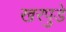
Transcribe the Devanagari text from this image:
खरपुडे